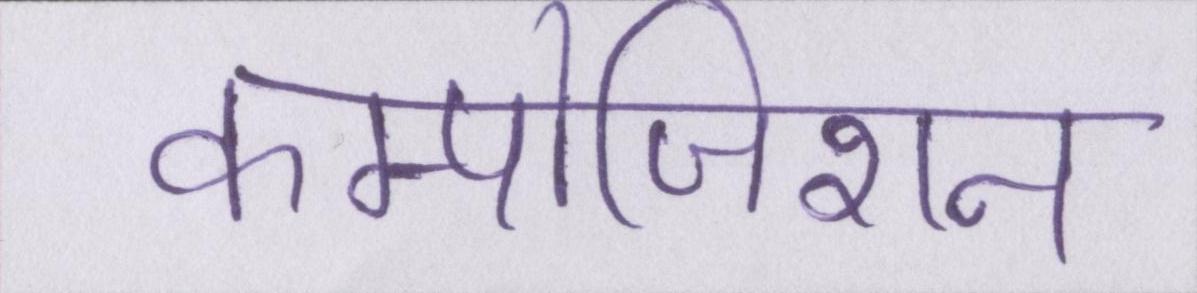
कम्पोजिशन